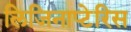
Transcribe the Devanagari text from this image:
लिजिनाप्टेरिस